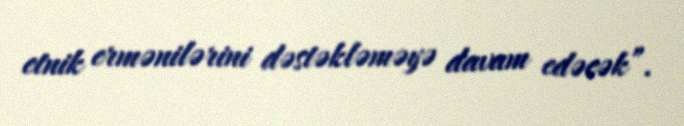
etnik ermənilərini dəstəkləməyə davam edəcək”.